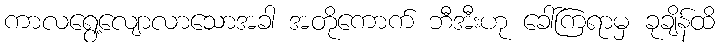
ကာလရွေ့လျောလာသောအခါ အတိုကောက် ဘီအီးဟု ခေါ်ကြရာမှ ခုချိန်ထိ